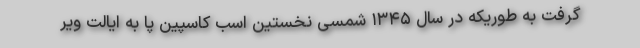
گرفت به طوریکه در سال ۱۳۴۵ شمسی نخستین اسب کاسپین پا به ایالت ویر